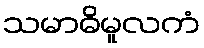
သမာဓိမူလကံ